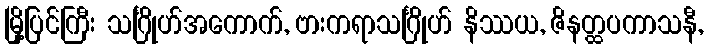
မြို့ပြင်ကြီး သင်္ဂြိုဟ်အကောက်, ဗားကရာသင်္ဂြိုဟ် နိဿယ, ဇိနတ္ထပကာသနီ,